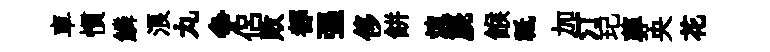
車慣鱗浪丸争侶敗都强侈餅煉篪餱祗加汀玘葬央花